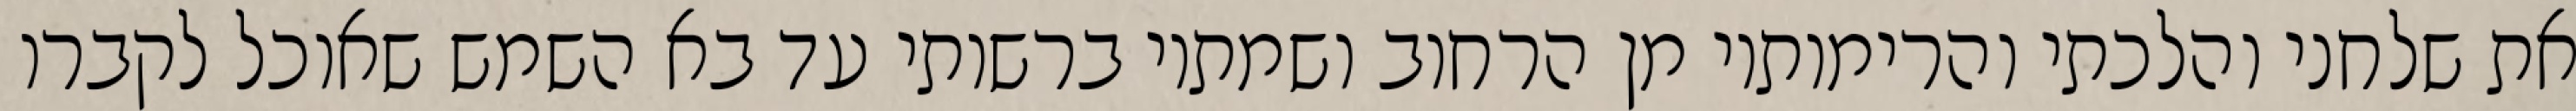
את שלחני והלכתי והרימותיו מן הרחוב ושמתיו ברשותי עד בא השמש שאוכל לקברו